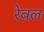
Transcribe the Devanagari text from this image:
रेबल